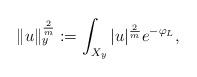
LaTeX: \begin{align*}\Vert u\Vert^{\frac{2}{m}}_y:= \int_{X_y}\vert u\vert^{\frac{2}{m}}e^{-\varphi_L},\end{align*}